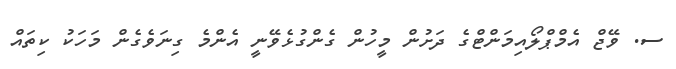
ސ. ވޭޖް އެމްޕްލޯއިމަންޓްގެ ދަށުން މީހުން ގެންގުޅެވޭނީ އެންމެ ގިނަވެގެން މަހަކު ކިތައް